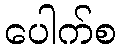
ပေါက်စ